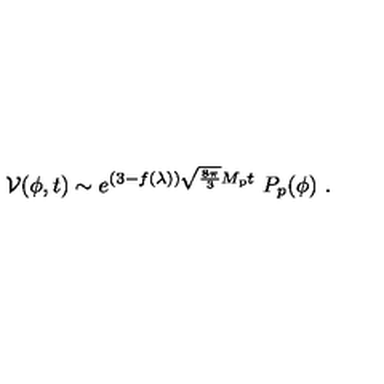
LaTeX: { \cal V } ( \phi , t ) \sim e ^ { ( 3 - f ( \lambda ) ) \sqrt { \frac { 8 \pi } { 3 } } M _ { \mathrm { p } } t } \ P _ { p } ( \phi ) \ .